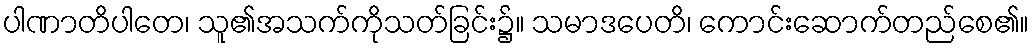
ပါဏာတိပါတေ၊ သူ၏အသက်ကိုသတ်ခြင်း၌။ သမာဒပေတိ၊ ကောင်းဆောက်တည်စေ၏။